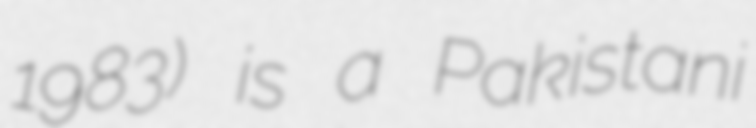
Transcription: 1983) is a Pakistani